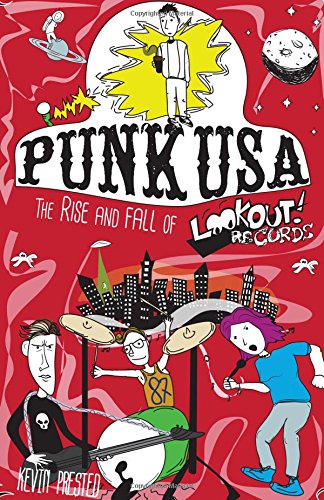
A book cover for Punk USA: The Rise and Fall of Lookout Records (Punx); Kevin Prested; Business & Money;